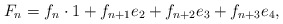
\begin{align*}F_{n}=f_{n}\cdot 1+f_{n+1}e_{2}+f_{n+2}e_{3}+f_{n+3}e_{4}, \end{align*}